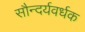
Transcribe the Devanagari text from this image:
सौन्दर्यवर्धक